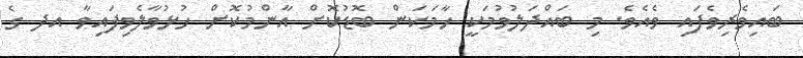
ބައިވެރިވެފައި ވެއެވެ. މި ބައްދަލުވުމަކީ ހާމަކަން ބޮޑުކޮށް އާންމުކޮށް ހުޅުވާލެވިފައިވާ އދ ގެ